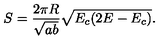
S = \frac { 2 \pi R } { \sqrt { a b } } \sqrt { E _ { c } ( 2 E - E _ { c } ) } .